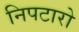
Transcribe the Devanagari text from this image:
निपटारो